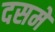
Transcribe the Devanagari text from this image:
दसमें